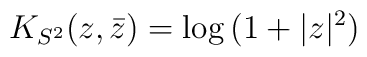
K_{S^2}(z,\bar z)={\rm log}\,(1+|z|^2)